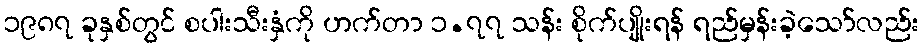
၁၉၈၇ ခုနှစ်တွင် စပါးသီးနှံကို ဟက်တာ ၁.၇၇ သန်း စိုက်ပျိုးရန် ရည်မှန်းခဲ့သော်လည်း